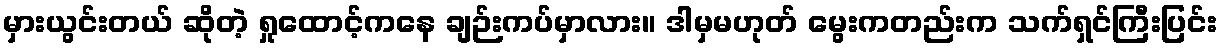
မှားယွင်းတယ် ဆိုတဲ့ ရှုထောင့်ကနေ ချဉ်းကပ်မှာလား။ ဒါမှမဟုတ် မွေးကတည်းက သက်ရှင်ကြီးပြင်း